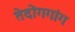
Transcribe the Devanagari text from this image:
तेदोंगगांग